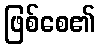
ဖြစ်စေ၏